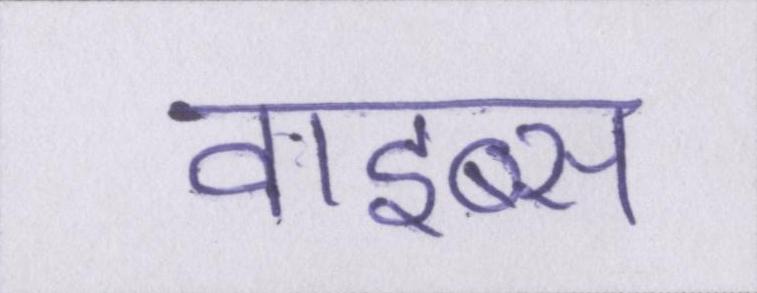
वाइब्स